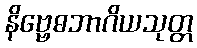
နိဗ္ဗေဓဘာဂိယသုတ္တ